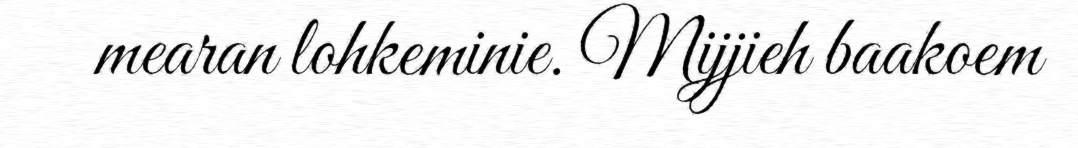
mearan lohkeminie. Mijjieh baakoem